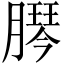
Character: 𦠴